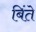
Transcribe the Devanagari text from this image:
बिंते